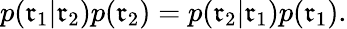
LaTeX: p(\mathfrak{r}_{1}|\mathfrak{r}_{2})p(\mathfrak{r}_{2})=p(\mathfrak{r}_{2}|\mathfrak{r}_{1})p(\mathfrak{r}_{1}).